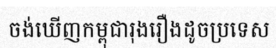
ចង់ឃើញកម្ពុជារុងរឿងដូចប្រទេស